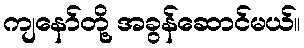
ကျနော်တို့ အခွန်ဆောင်မယ်။